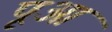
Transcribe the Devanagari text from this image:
पूआ